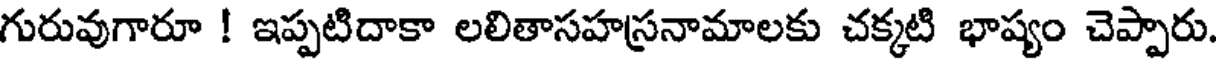
గురువుగారూ ! ఇప్పటిదాకా లలితాసహస్రనామాలకు చక్కటి భాష్యం చెప్పారు.